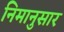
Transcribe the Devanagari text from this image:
निमानुसार